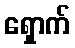
ရှောက်